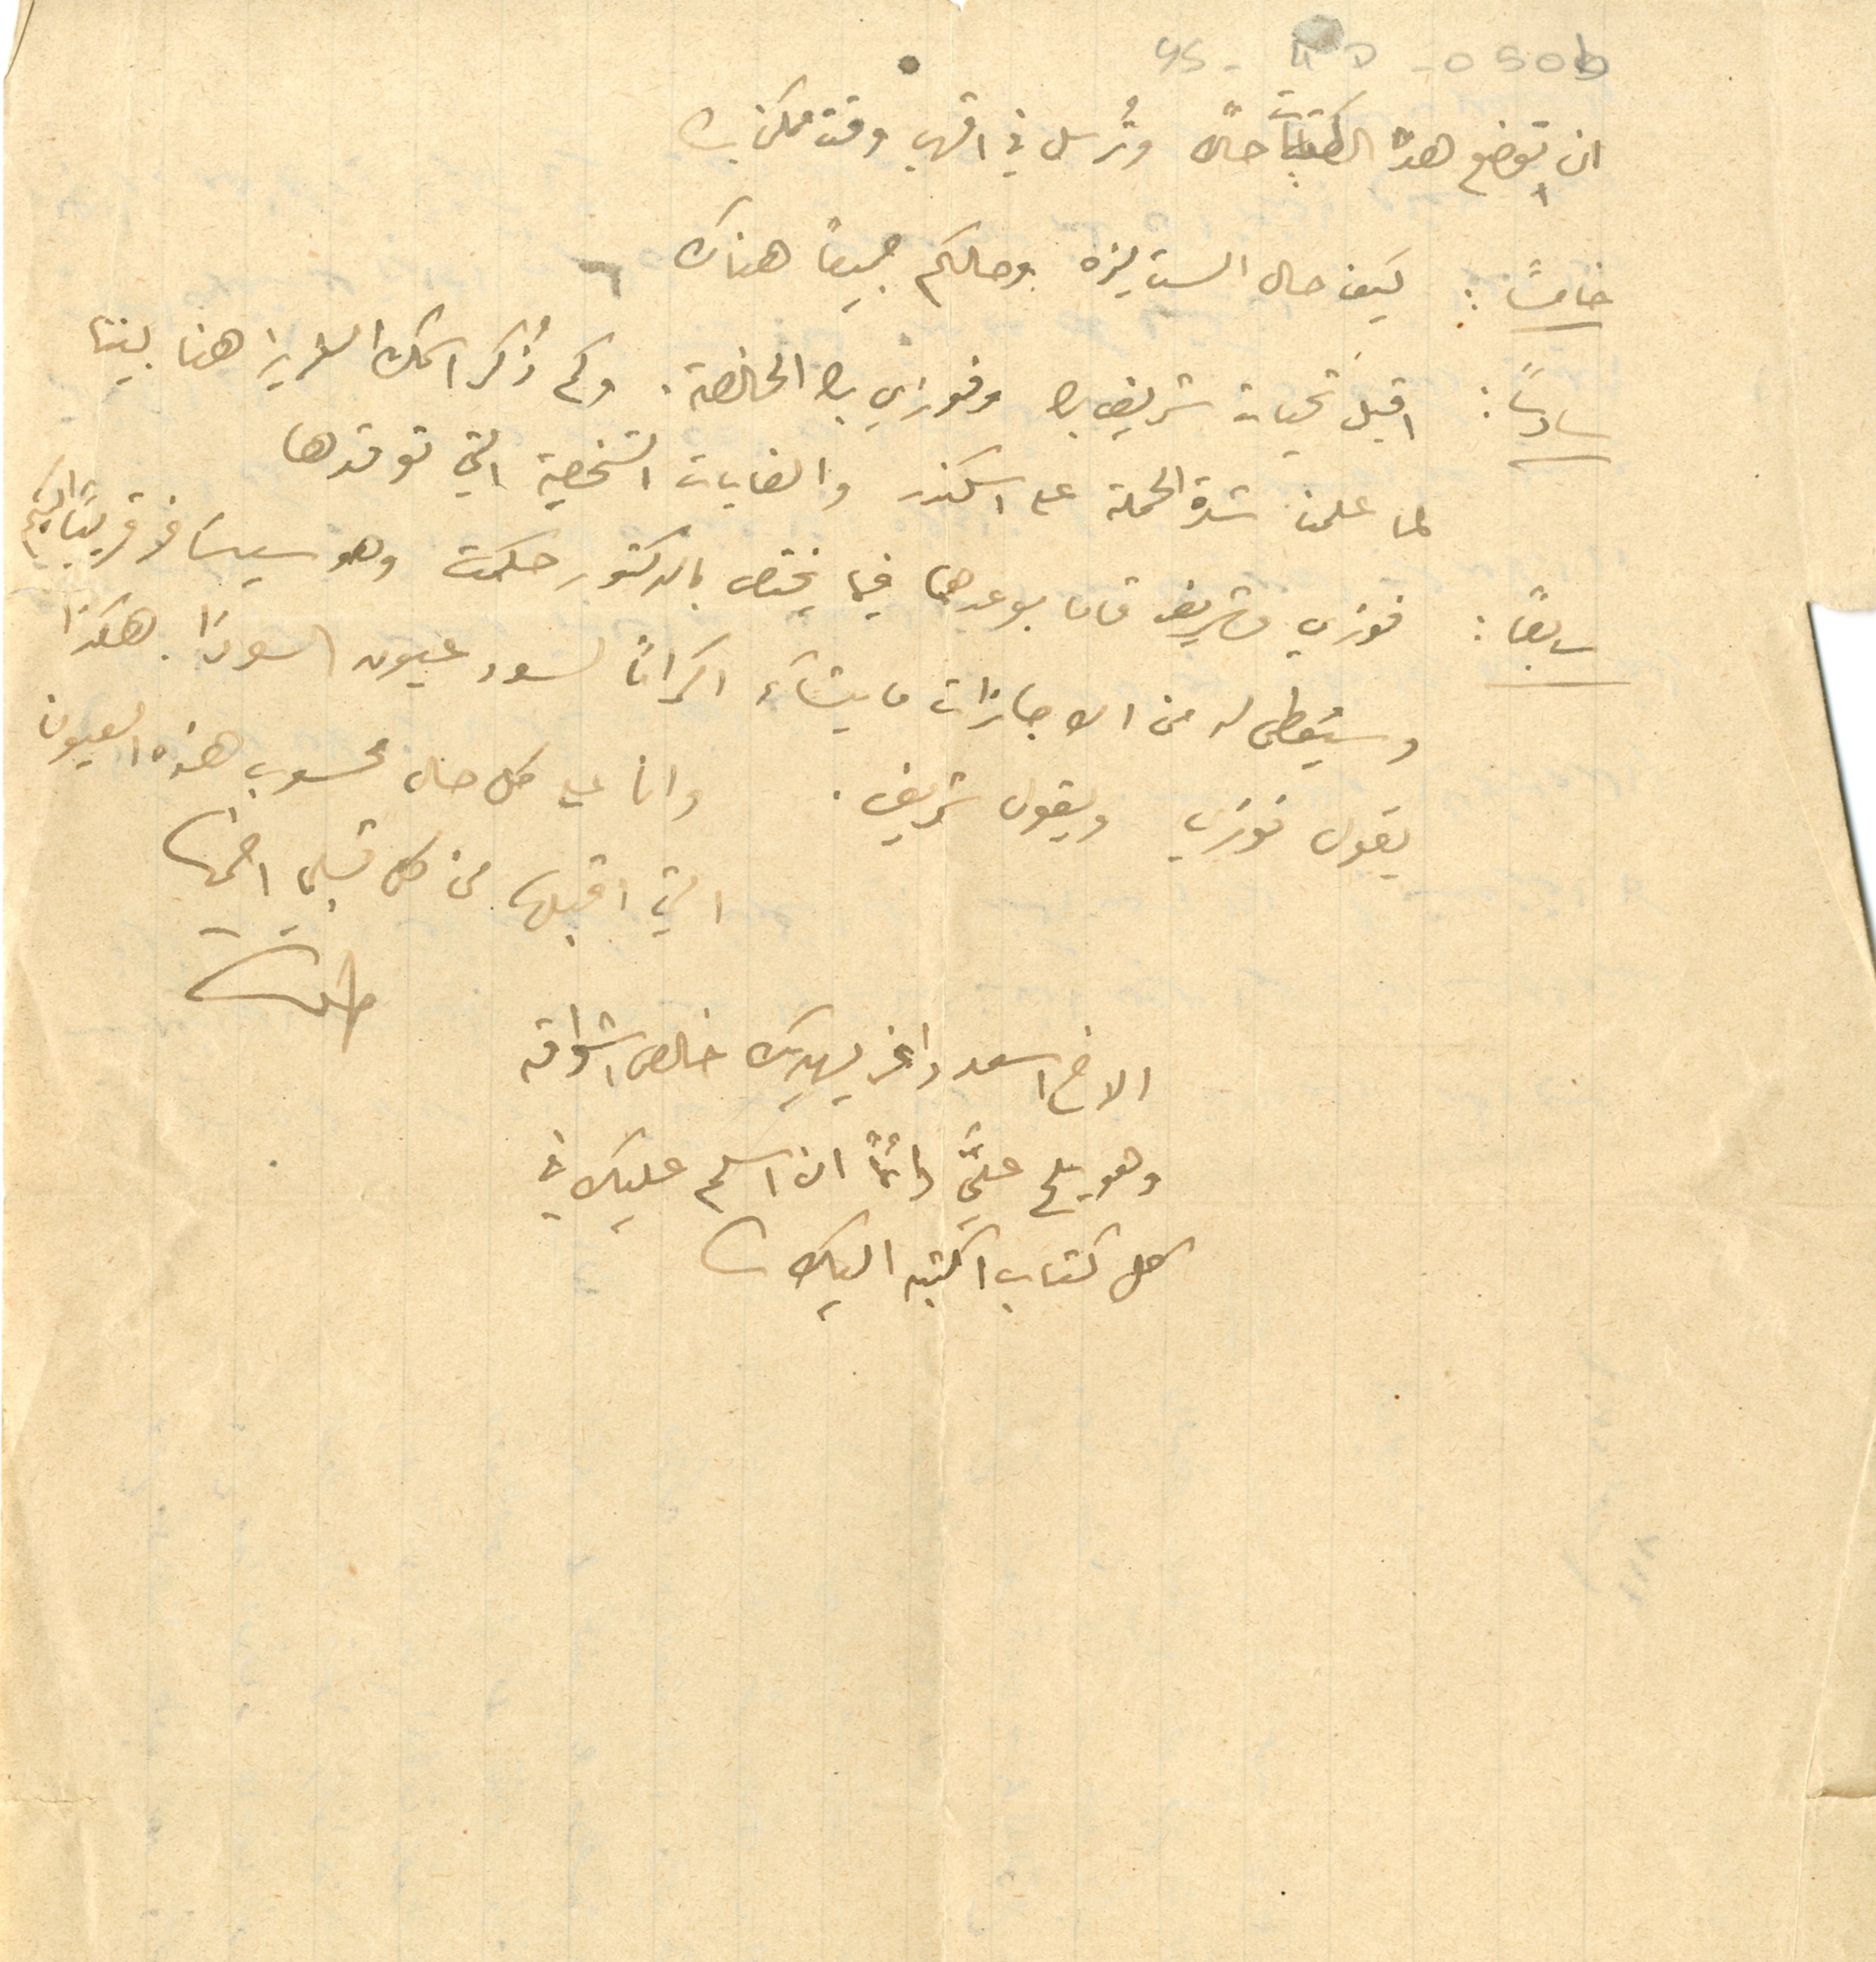
YS - 4D - 050b
ان توضع هذه الكتابات حالًا وتُرسل في اقرب وقت ممكن
خامسًا: كيف حال الست ليزه وحالكم جميعًا هناك
سادسًا: اقبل تحيات شريف بك وفوزي بك الخالصة. وكم ذكر اسمك العزيز هنا بيننا
لما علمنا شدة الحملة على اسكندر والغايات الشخصية التي توقدها
سابعًا: فوزي وشريف قاما بوعدهما فيما يختص بالدكتور حكمت وهو سيسَافر قريبًا اليكم
وسيُعطى من الاجازات ما يشاءَ اكراماً لسود عيون السودَا. هكذا
يقول فوزي ويقول شريف.
وانا على كل حال محسوب هذه العيون
التي اقبلها من كل قبلى اضمها
الاخ اسعد داغر يهديك خالص اشواقه
طلعت
وهو يلح عليَّ دائمًا ان اسلم عليك في
كل كتاب اكتبه اليك